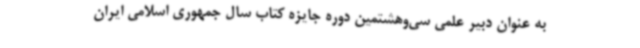
به عنوان دبیر علمی سی‌وهشتمین دوره جایزه کتاب سال جمهوری اسلامی ایران